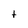
Character: t